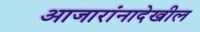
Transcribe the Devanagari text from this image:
आजारांनादेखील